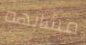
مشابهه